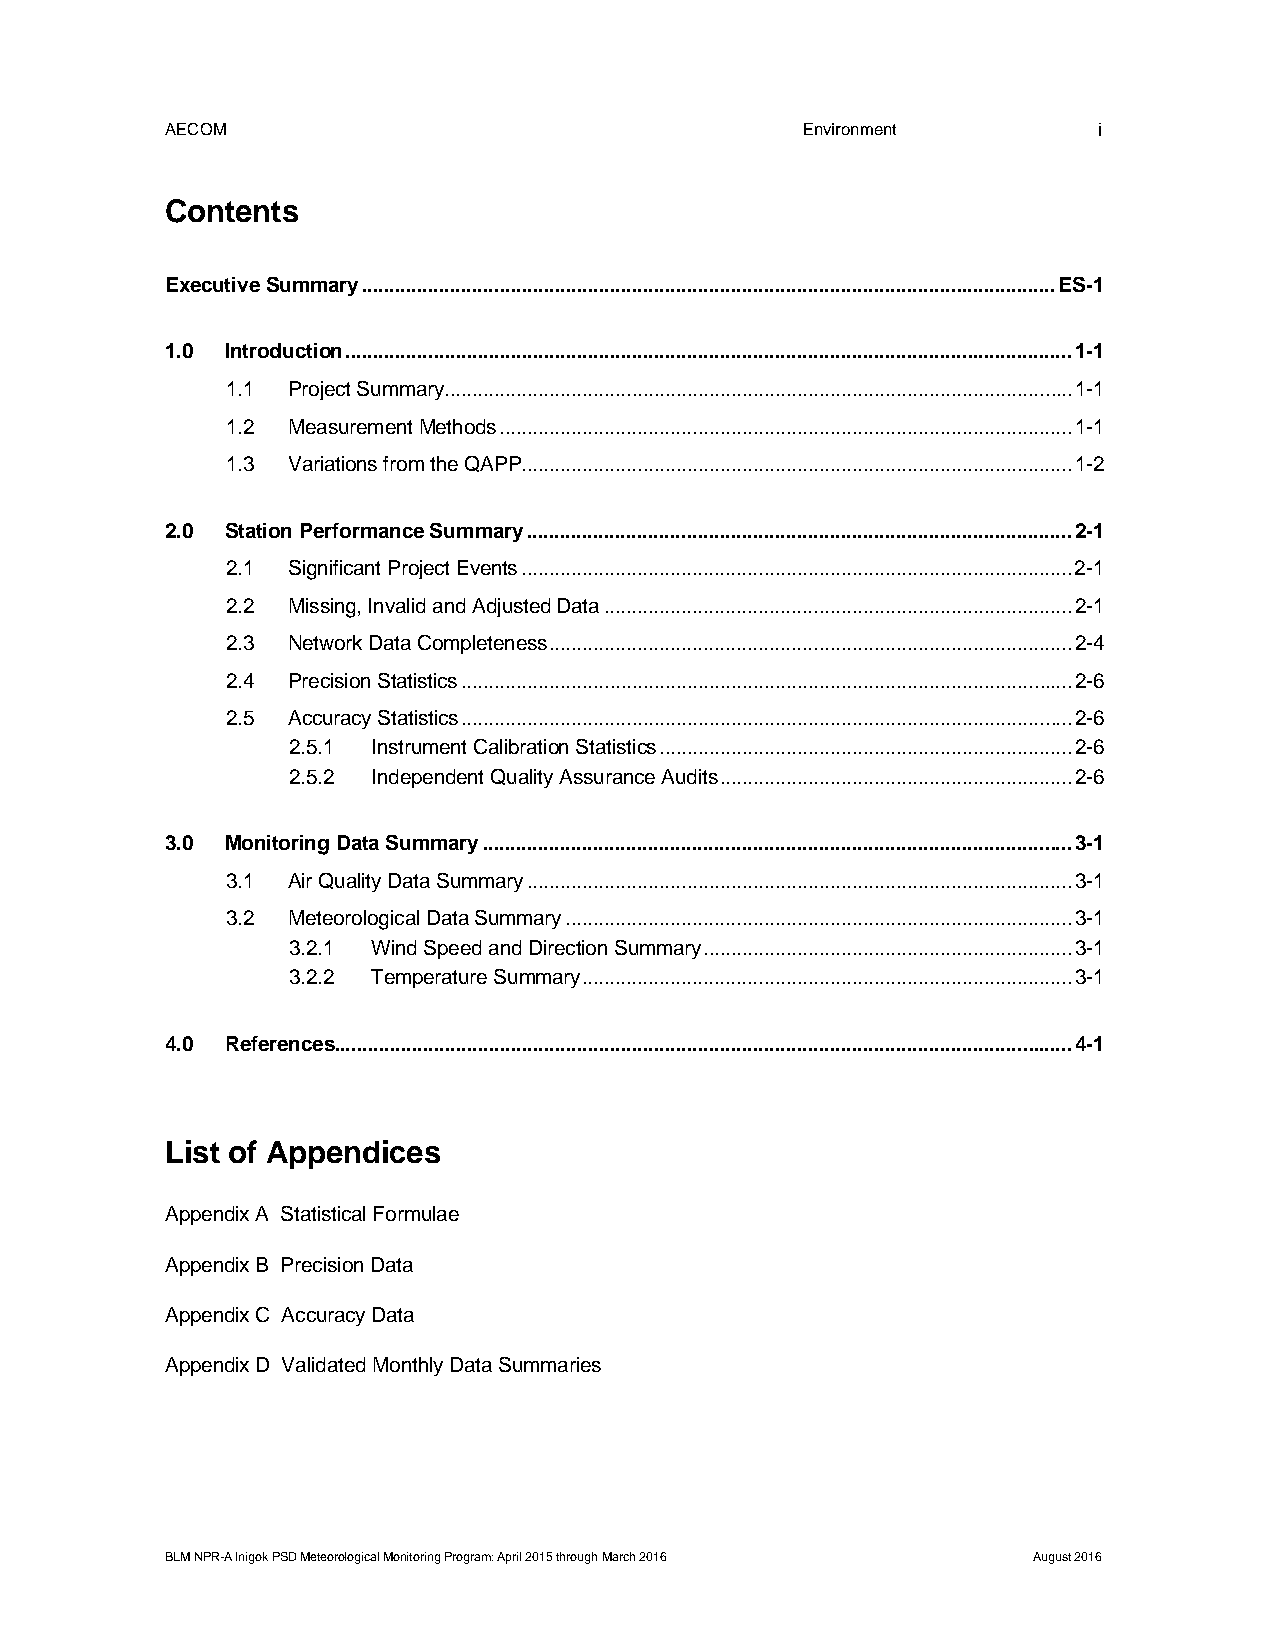
AECOM                                     Environment         i
 Contents
 Executive Summary .............................................................................................................................. ES-1
 1.0 Introduction .................................................................................................................................... 1-1
 1.1 Project Summary .................................................................................................................. 1-1
 1.2 Measurement Methods ........................................................................................................ 1-1
 1.3 Variations from the QAPP .................................................................................................... 1-2
 2.0 Station Performance Summary ................................................................................................... 2-1
 2.1 Significant Project Events .................................................................................................... 2-1
 2.2 Missing, Invalid and Adjusted Data ..................................................................................... 2-1
 2.3 Network Data Completeness ............................................................................................... 2-4
 2.4 Precision Statistics ............................................................................................................... 2-6
 2.5 Accuracy Statistics ............................................................................................................... 2-6
 2.5.1 Instrument Calibration Statistics ........................................................................... 2-6
 2.5.2 Independent Quality Assurance Audits ................................................................ 2-6
 3.0 Monitoring Data Summary ........................................................................................................... 3-1
 3.1 Air Quality Data Summary ................................................................................................... 3-1
 3.2 Meteorological Data Summary ............................................................................................ 3-1
 3.2.1 Wind Speed and Direction Summary ................................................................... 3-1
 3.2.2 Temperature Summary ......................................................................................... 3-1
 4.0 References ...................................................................................................................................... 4-1
 List of Appendices
 Appendix A Statistical Formulae
 Appendix B Precision Data
 Appendix C Accuracy Data
 Appendix D Validated Monthly Data Summaries
 BLM NPR-A Inigok PSD Meteorological Monitoring Program: April 2015 through March 2016 August 2016